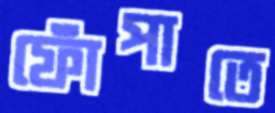
ফোঁপাতে